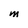
Character: M